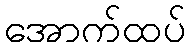
အောက်ထပ်